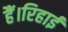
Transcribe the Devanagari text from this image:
हैं।रिहाई